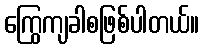
ကြွေကျခါစဖြစ်ပါတယ်။